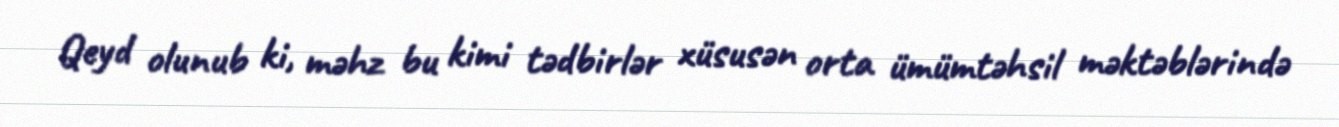
Qeyd olunub ki, məhz bu kimi tədbirlər xüsusən orta ümümtəhsil məktəblərində